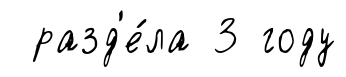
разд'е́ла 3 году